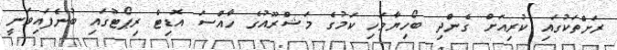
ރަށްތަކުގައި ކުރިއަށް ގެންދި ބޯހިޔާވަހި ކަމުގެ މަޝްރޫއުގެ ހާއްސަ އޮޑިޓް ރިޕޯޓުގައި ބުނެފައިވަނީ